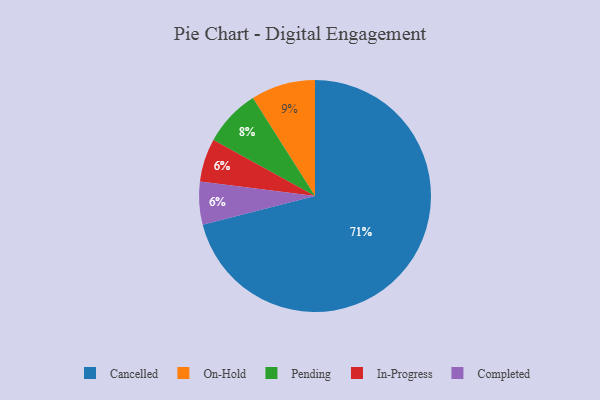
{"axis": {"x": "Category", "y": "Percentage"}, "legend": ["Cancelled", "Completed", "In-Progress", "On-Hold", "Pending"], "data": [{"x": "In-Progress", "y": 6, "type": "In-Progress"}, {"x": "Pending", "y": 8, "type": "Pending"}, {"x": "Completed", "y": 6, "type": "Completed"}, {"x": "On-Hold", "y": 9, "type": "On-Hold"}, {"x": "Cancelled", "y": 71, "type": "Cancelled"}]}